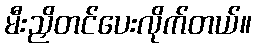
မီးညှိတင်ပေးလိုက်တယ်။